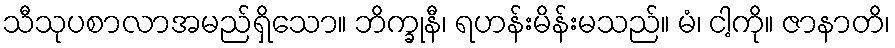
သီသုပစာလာအမည်ရှိသော။ ဘိက္ခုနီ၊ ရဟန်းမိန်းမသည်။ မံ၊ ငါ့ကို။ ဇာနာတိ၊